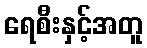
ရေစီးနှင့်အတူ